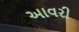
આવરી